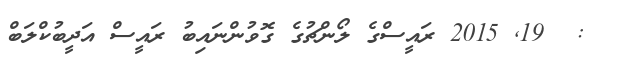
:  19